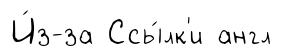
И́з-за Ссы́лк'и англ